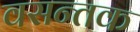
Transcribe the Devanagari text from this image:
वसन्तक